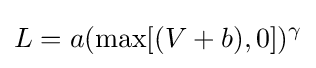
L=a(\max[(V+b),0])^{\gamma }